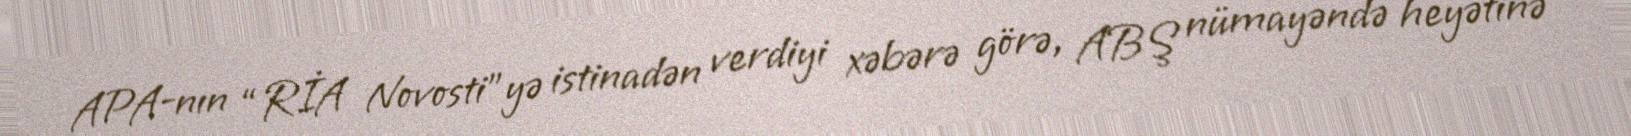
APA-nın “RİA Novosti”yə istinadən verdiyi xəbərə görə, ABŞ nümayəndə heyətinə